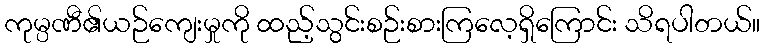
ကုမ္ပဏီ၏ယဉ်ကျေးမှုကို ထည့်သွင်းစဉ်းစားကြလေ့ရှိကြောင်း သိရပါတယ်။